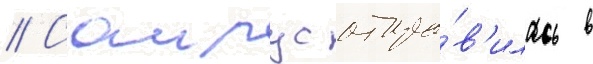
// Саирус отпра́в'илась в